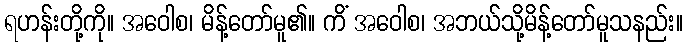
ရဟန်းတို့ကို။ အဝေါစ၊ မိန့်တော်မူ၏။ ကိံ အဝေါစ၊ အဘယ်သို့မိန့်တော်မူသနည်း။